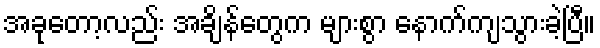
အခုတော့လည်း အချိန်တွေက များစွာ နောက်ကျသွားခဲ့ပြီ။